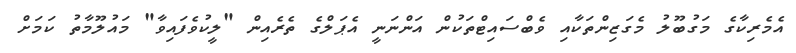
އެމެރިކާގެ މަގުބޫލު މެގަޒިންތަކާއި ވެބްސައިޓްތަކުން އަންނަނީ އެޕަލްގެ ތެރެއިން "ލީކުވެފައިވާ" މައުލޫމާތު ކަމަށް